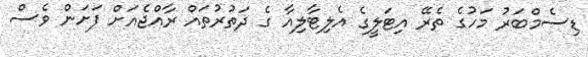
ޑިސެމްބަރު މަހުގެ ތެރޭ އިޓަލީގެ އެލިޓާލިއާ ގެ ދަތުރުތައް ރާއްޖެއަށް ފަށަން ވެސް